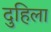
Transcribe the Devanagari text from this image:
दुहिला